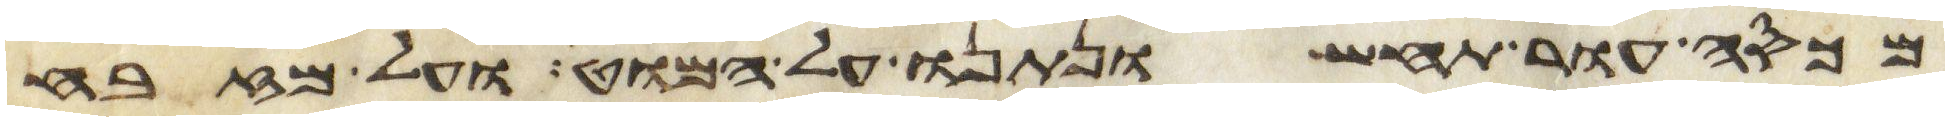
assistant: מכסה עור תחש ונתנו על המוט ועל מזבח